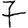
Digit: 7